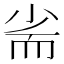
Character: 𡭺